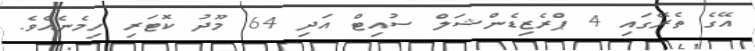
އޭގެ ތެރޭގައި 4 ޕްރެޒިޑެންޝަލް ސުއިޓް އަދި 64 މޫދު ކޮޓަރި ހިމެނެއެވެ.